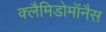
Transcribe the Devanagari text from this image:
क्लैमिडोमॉनैस